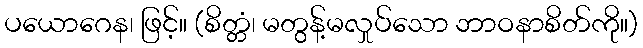
ပယောဂေန၊ ဖြင့်။ (စိတ္တံ၊ မတွန့်မလှုပ်သော ဘာဝနာစိတ်ကို။)